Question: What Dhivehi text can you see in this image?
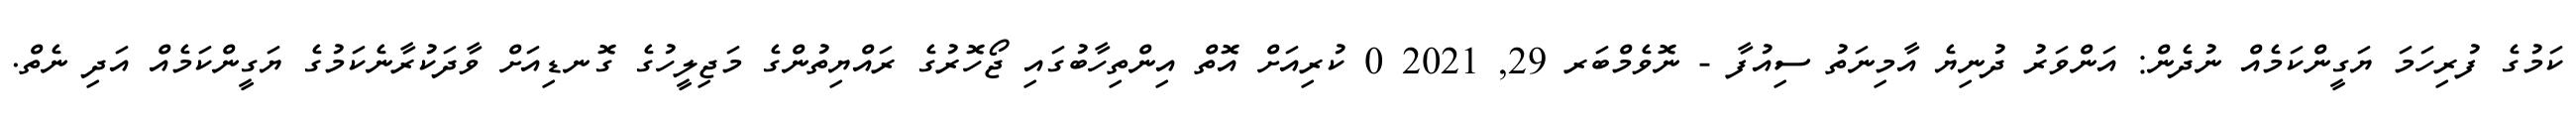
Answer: ކަމުގެ ފުރިހަމަ ޔަގީންކަމެއް ނުދެން: އަންވަރު ދުނިޔެ އާމިނަތު ސިއުފާ - ނޮވެމްބަރ 29, 2021 0 ކުރިއަށް އޮތް އިންތިހާބުގައި ޖޯހޮރުގެ ރައްޔިތުންގެ މަޖިލީހުގެ ގޮނޑިއަށް ވާދަކުރާނެކަމުގެ ޔަގީންކަމެއް އަދި ނެތް.